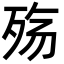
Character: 殇